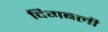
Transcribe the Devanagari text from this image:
दिगबली